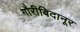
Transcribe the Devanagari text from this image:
गौरीबिदानूर